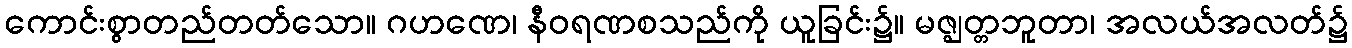
ကောင်းစွာတည်တတ်သော။ ဂဟဏေ၊ နီဝရဏစသည်ကို ယူခြင်း၌။ မဇ္ဈတ္တဘူတာ၊ အလယ်အလတ်၌